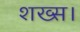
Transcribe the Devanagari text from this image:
शख्स।